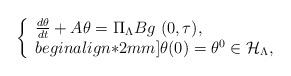
LaTeX: \begin{align*}\left\{\begin{array}{l}\frac{d \theta}{dt} +A \theta=\Pi_{\Lambda} B g \ (0,\tau),\\begin{align*}2mm]\theta(0)=\theta^0\in \mathcal{H}_{\Lambda},\end{array}\right.\end{align*}